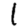
Digit: 1